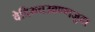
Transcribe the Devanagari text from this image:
वेदियचउवण्णजुदा